Leaving Certificate Examination, 1918
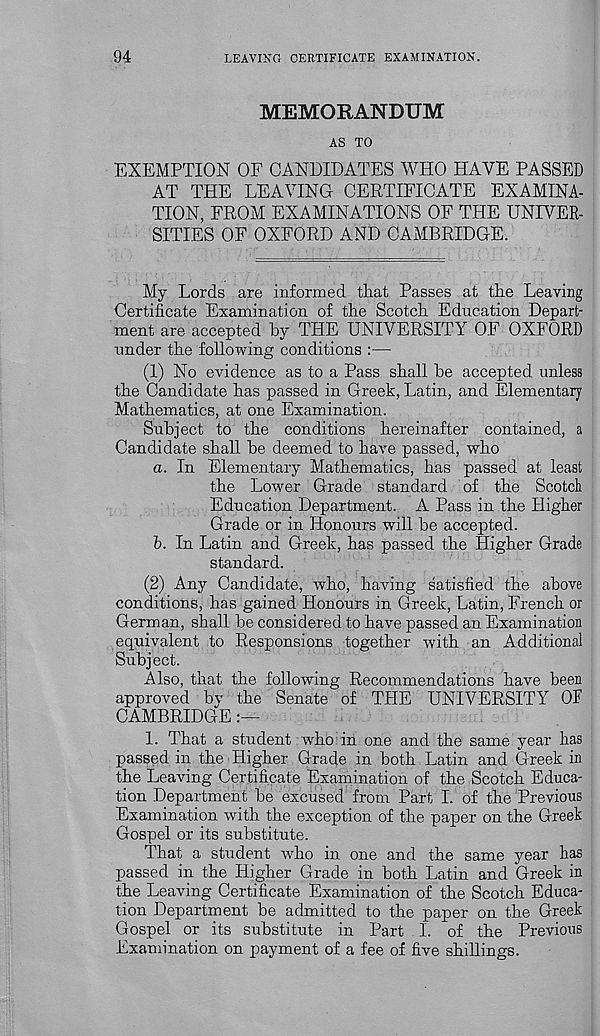
94
LEAVING CERTIFICATE EXAMINATION.
MEMORANDUM
AS TO
EXEMPTION OF CANDIDATES WHO HAVE PASSED
AT THE LEAVING CERTIFICATE EXAMINA-
TION, FROM EXAMINATIONS OF THE UNIVER-
SITIES OF OXFORD AND CAMBRIDGE.
My Lords are informed that Passes at the Leaving
Certificate Examination of the Scotch Education Depart-
ment are accepted by THE UNIVERSITY OF OXFORD
under the following conditions :—
(1) No evidence as to a Pass shall he accepted unless
the Candidate has passed in Greek, Latin, and Elementary
Mathematics, at one Examination.
Subject to the conditions hereinafter contained, a
Candidate shall he deemed to have passed, who
a. In Elementary Mathematics, has passed at least
the Lower Grade standard of the Scotch
Education Department. A Pass in the Higher
Grade or in Honours will be accepted.
b. In Latin and Greek, has passed the Higher Grade
standard.
(2) Any Candidate, who, having satisfied the above
conditions, has gained Honours in Greek, Latin, French or
German, shall be considered to have passed an Examination
equivalent to Responsions together with an Additional
Subject.
Also, that the following Recommendations have been
approved by the Senate of THE UNIVERSITY OF
CAMBRIDGE
1. That a student who in one and the same year has
passed in the Higher Grade in both Latin and Greek in
the Leaving Certificate Examination of the Scotch Educa-
tion Department be excused from Part I. of the Previous
Examination with the exception of the paper on the Greek
Gospel or its substitute.
That a student who in one and the same year has
passed in the Higher Grade in both Latin and Greek in
the Leaving Certificate Examination of the Scotch Educa-
tion Department be admitted to the paper on the Greek
Gospel or its substitute in Part I. of the Previous
Examination on payment of a fee of five shillings.